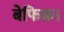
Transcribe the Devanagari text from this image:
बेफिक्र।